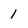
Character: 1